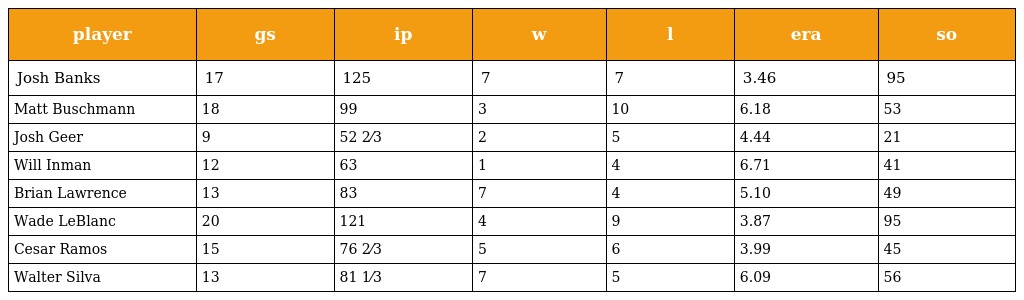
| player | gs | ip | w | l | era | so |
 | --- | --- | --- | --- | --- | --- | --- |
 | Josh Banks | 17 | 125 | 7 | 7 | 3.46 | 95 |
 | Matt Buschmann | 18 | 99 | 3 | 10 | 6.18 | 53 |
 | Josh Geer | 9 | 52 2⁄3 | 2 | 5 | 4.44 | 21 |
 | Will Inman | 12 | 63 | 1 | 4 | 6.71 | 41 |
 | Brian Lawrence | 13 | 83 | 7 | 4 | 5.10 | 49 |
 | Wade LeBlanc | 20 | 121 | 4 | 9 | 3.87 | 95 |
 | Cesar Ramos | 15 | 76 2⁄3 | 5 | 6 | 3.99 | 45 |
 | Walter Silva | 13 | 81 1⁄3 | 7 | 5 | 6.09 | 56 |